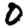
Digit: 0